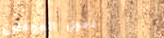
دخول الموظفين